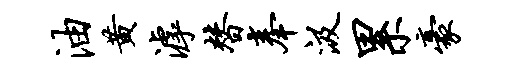
油黄滹替奉汲累豪